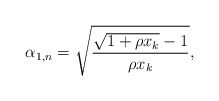
\begin{align*}\alpha_{1,n} = \sqrt{\frac{\sqrt{1+\rho x_k} -1}{\rho x_k}}, \end{align*}